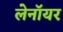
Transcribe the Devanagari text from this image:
लेनॉयर